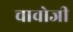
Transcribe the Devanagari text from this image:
चावोजी